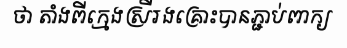
ថា តាំងពីក្មេងស្រីរងគ្រោះបានភ្ជាប់ពាក្យ